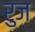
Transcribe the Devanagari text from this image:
रुज